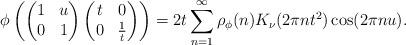
LaTeX: \begin{align*} \phi\left(\begin{pmatrix} 1&u\\0&1\end{pmatrix} \begin{pmatrix} t &0\\0 & \frac{1}{t}\end{pmatrix} \right) = 2t \sum_{n=1}^\infty \rho_\phi(n) K_{\nu}(2\pi nt^2) \cos(2\pi nu).\end{align*}